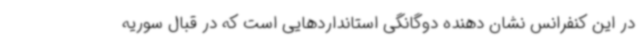
در این کنفرانس نشان دهنده دوگانگی استانداردهایی است که در قبال سوریه